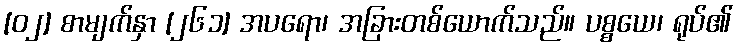
[၀၂] စာမျက်နှာ [၂၆၁] အပရော၊ အခြားတစ်ယောက်သည်။ ပစ္စယေ၊ ရုပ်၏